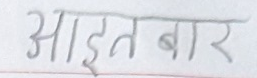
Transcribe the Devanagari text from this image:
आइट बार